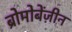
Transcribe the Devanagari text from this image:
ब्रोमोबेंज़ीन